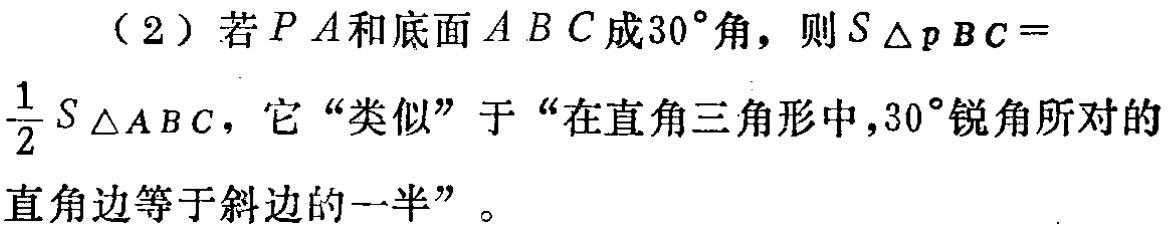
（2）若\(PA\)和底面\(ABC\)成\(30^{\circ}\)角，则\(S_{\triangle pBC} = \frac{1}{2}S_{\triangle ABC}\)，它“类似”于“在直角三角形中，\(30^{\circ}\)锐角所对的直角边等于斜边的一半”。